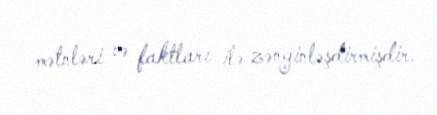
mətnləri və faktları ilə zənginləşdirmişdir.